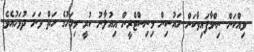
ވިއްކަން ނިންމާފައިވާކަން ހައުސިން މިނިސްޓްރީން އިއުލާނު ކުރީ މިމަހުގެ ހަތް ވަނަ ދުވަހުއެވެ.